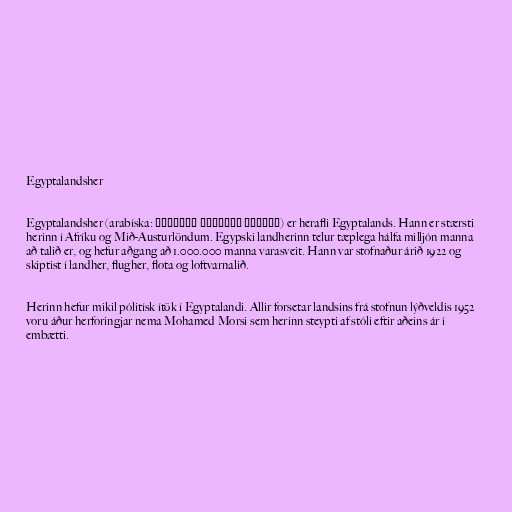
Egyptalandsher

Egyptalandsher (arabíska: القوات المسلحة المصرية‎) er herafli Egyptalands. Hann er stærsti
herinn í Afríku og Mið-Austurlöndum. Egypski landherinn telur tæplega hálfa milljón manna
að talið er, og hefur aðgang að 1.000.000 manna varasveit. Hann var stofnaður árið 1922 og
skiptist í landher, flugher, flota og loftvarnalið.

Herinn hefur mikil pólitísk ítök í Egyptalandi. Allir forsetar landsins frá stofnun lýðveldis 1952
voru áður herforingjar nema Mohamed Morsi sem herinn steypti af stóli eftir aðeins ár í
embætti.